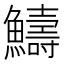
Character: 䲖